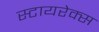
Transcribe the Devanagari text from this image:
स्टायरेक्स